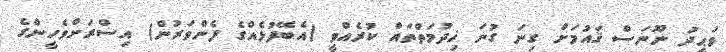
ވަޙީދު ނޫނަސް ޤައުމަށް ގިނަ ގުނަ ޚިދުމަތްތައް ކުރެއްވީ (އެބޭފުޅެއްގެ ފެންވަރުން) އިސްރަށްވެހީންގެ